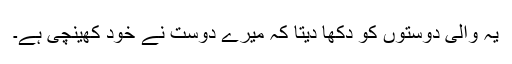
یہ والی دوستوں کو دکھا دیتا کہ میرے دوست نے خود کھینچی ہے۔